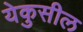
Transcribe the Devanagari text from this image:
येकुसील